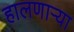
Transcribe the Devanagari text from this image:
हालणाऱ्या